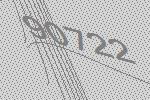
90722